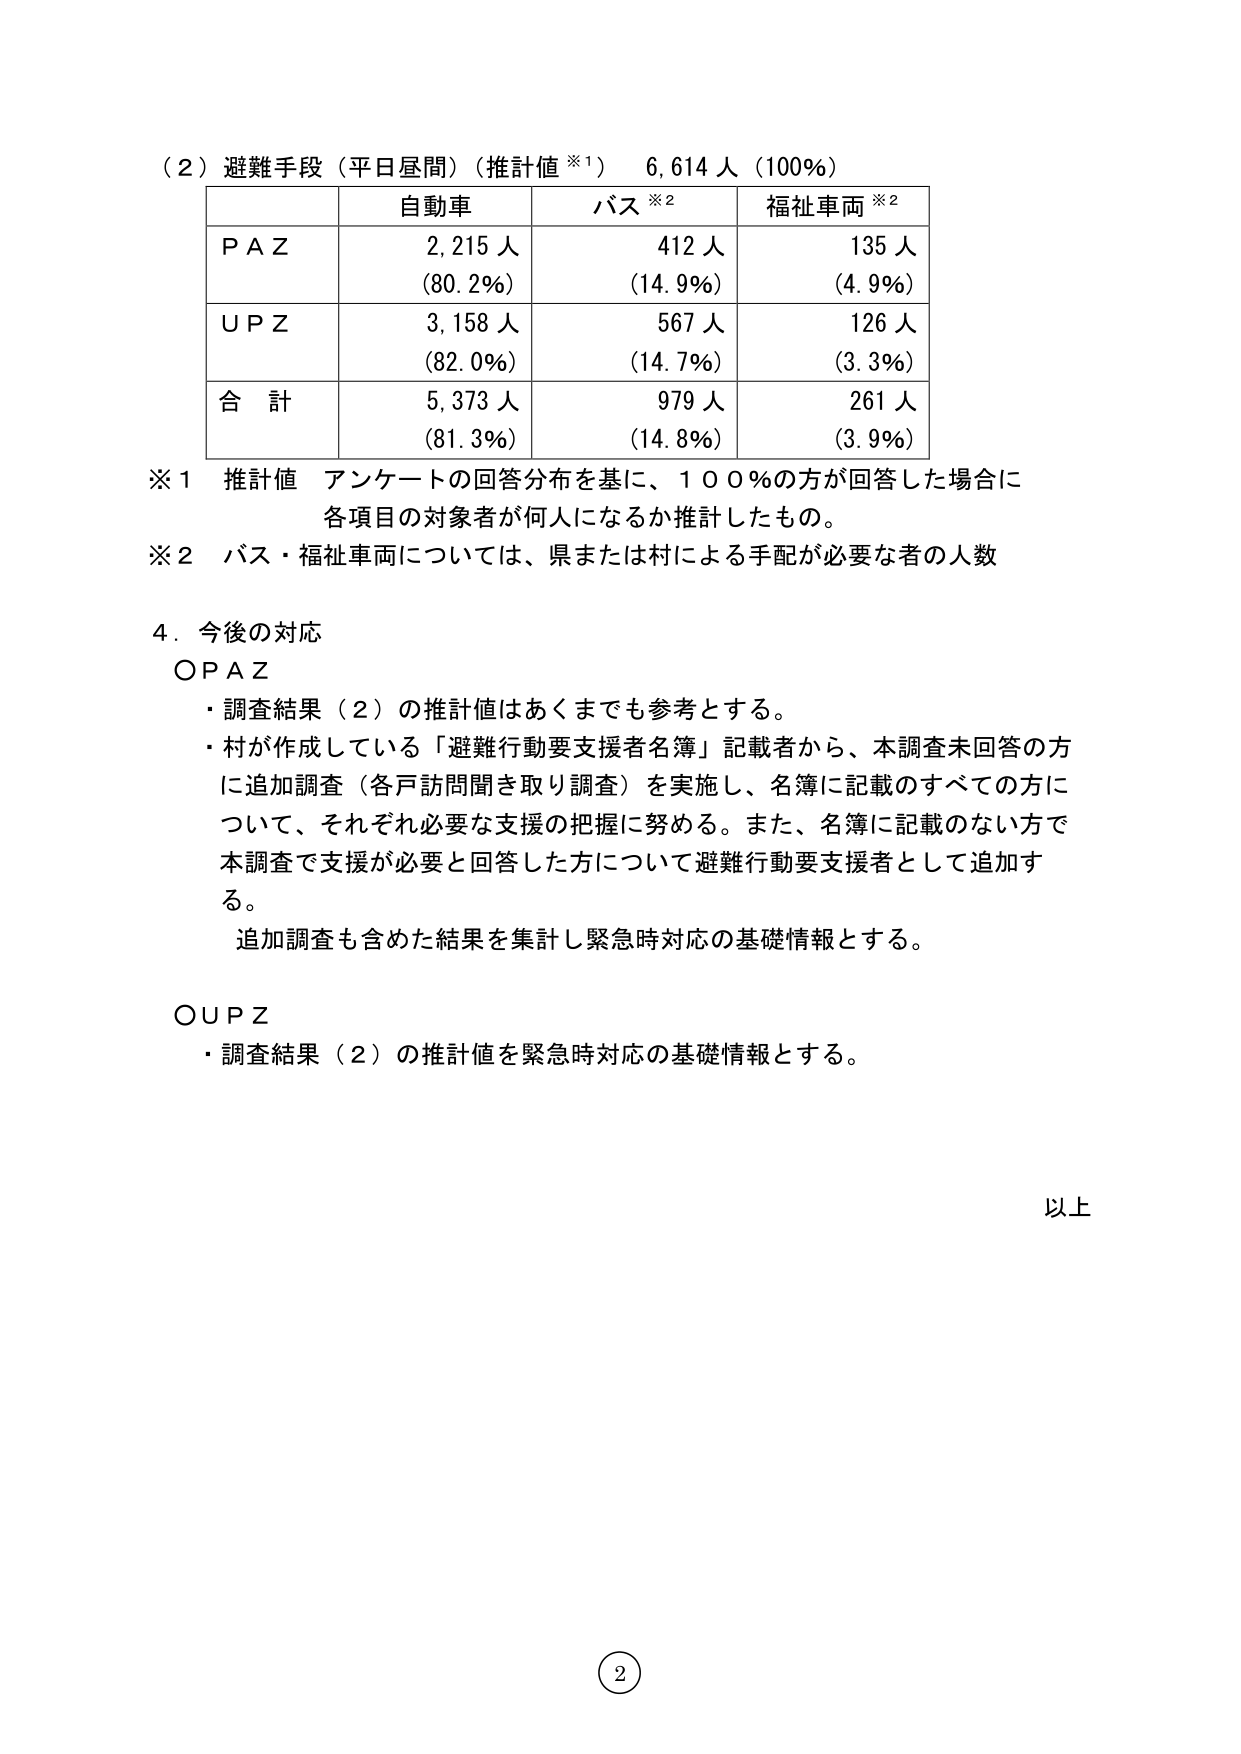
（２）避難手段（平日昼間）（推計値※1） 6,614人（100%）

| | 自動車 | バス※2 | 福祉車両※2 |
|---|---|---|---|
| P A Z | 2,215人<br>（80.2%） | 412人<br>（14.9%） | 135人<br>（4.9%） |
| U P Z | 3,158人<br>（82.0%） | 567人<br>（14.7%） | 126人<br>（3.3%） |
| 合 計 | 5,373人<br>（81.3%） | 979人<br>（14.8%） | 261人<br>（3.9%） |

※1 推計値 アンケートの回答分布を基に、100％の方が回答した場合に<br>各項目の対象者が何人になるか推計したもの。<br>※2 バス・福祉車両については、県または村による手配が必要な者の人数

4．今後の対応<br>ＯＰＡＺ<br>・調査結果（２）の推計値はあくまでも参考とする。<br>・村が作成している「避難行動要支援者名簿」記載者から、本調査未回答の方<br>に追加調査（各戸訪問聞き取り調査）を実施し、名簿に記載のすべての方に<br>ついて、それぞれ必要な支援の把握に努める。また、名簿に記載のない方で<br>本調査で支援が必要と回答した方について避難行動要支援者として追加す<br>る。<br>　追加調査も含めた結果を集計し緊急時対応の基礎情報とする。<br><br>ＯＵＰＺ<br>・調査結果（２）の推計値を緊急時対応の基礎情報とする。<br><br>以上

（2）